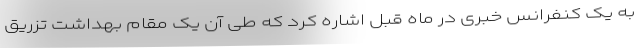
به یک کنفرانس خبری در ماه قبل اشاره کرد که طی آن یک مقام بهداشت تزریق